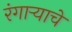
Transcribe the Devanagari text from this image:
रंगाऱ्याचे